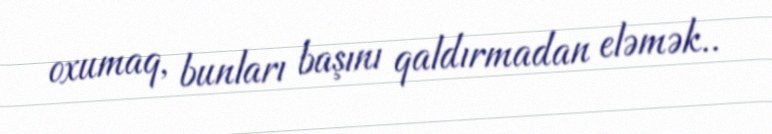
oxumaq, bunları başını qaldırmadan eləmək..